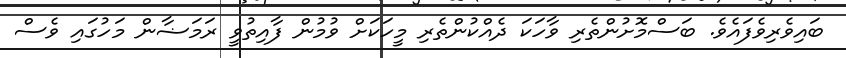
ބައިވެރިވެފައެވެ. ބަސްމޮށުންތެރި ވާހަކަ ދެއްކުންތެރި މީހަކަށް ވުމުން ފާއިތުވީ ރަމަޟާން މަހުގައި ވެސް